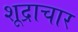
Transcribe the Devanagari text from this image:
शूद्राचार